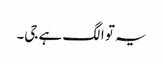
یہ تو الگ ہے جی۔